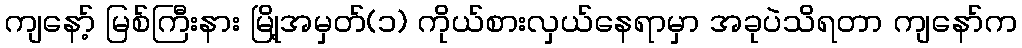
ကျနော့် မြစ်ကြီးနား မြို့အမှတ်(၁) ကိုယ်စားလှယ်နေရာမှာ အခုပဲသိရတာ ကျနော်က